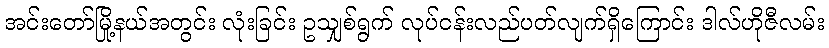
အင်းတော်မြို့နယ်အတွင်း လုံးခြင်း ဥသျှစ်ရွက် လုပ်ငန်းလည်ပတ်လျက်ရှိကြောင်း ဒါလ်ဟိုဇီလမ်း